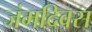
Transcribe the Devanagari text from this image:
जंमदिवस